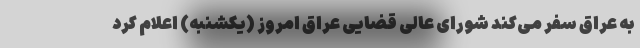
به عراق سفر می‌کند شورای عالی قضایی عراق امروز (یکشنبه) اعلام کرد